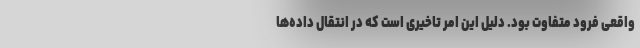
واقعی فرود متفاوت بود. دلیل این امر تاخیری است که در انتقال داده‌ها